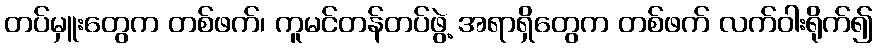
တပ်မှူးတွေက တစ်ဖက်၊ ကူမင်တန်တပ်ဖွဲ့ အရာရှိတွေက တစ်ဖက် လက်ဝါးရိုက်၍